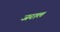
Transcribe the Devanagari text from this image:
जराल